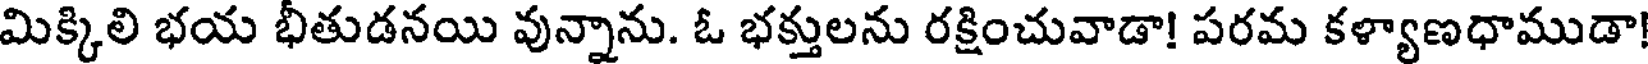
మిక్కిలి భయ భీతుడనయి వున్నాను. ఓ భక్తులను రక్షించువాడా! పరమ కళ్యాణధాముడా